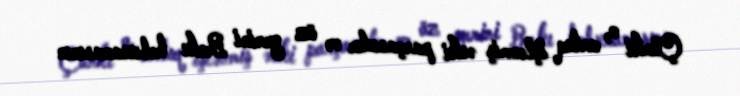
Çünki o, artıq işlənmiş əski parçasıdır və öz yerini Bakı həbsxanasının